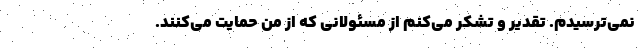
نمی‌ترسیدم. تقدیر و تشکر می‌کنم از مسئولانی که از من حمایت می‌کنند.